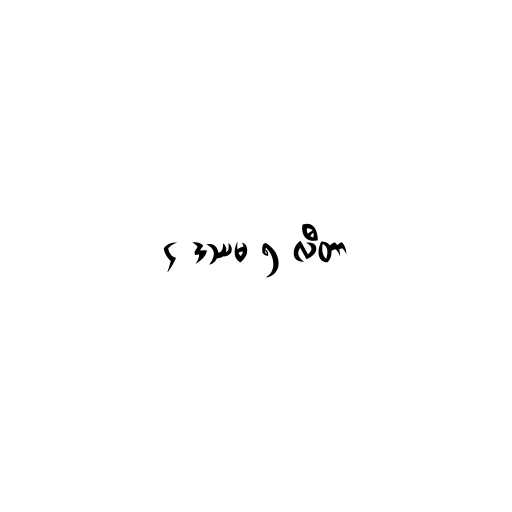
၄ ဒဿမ ၅ လီတာ